Annual administration report of the Bombay Presidency - 1887-1892
Year: 1887
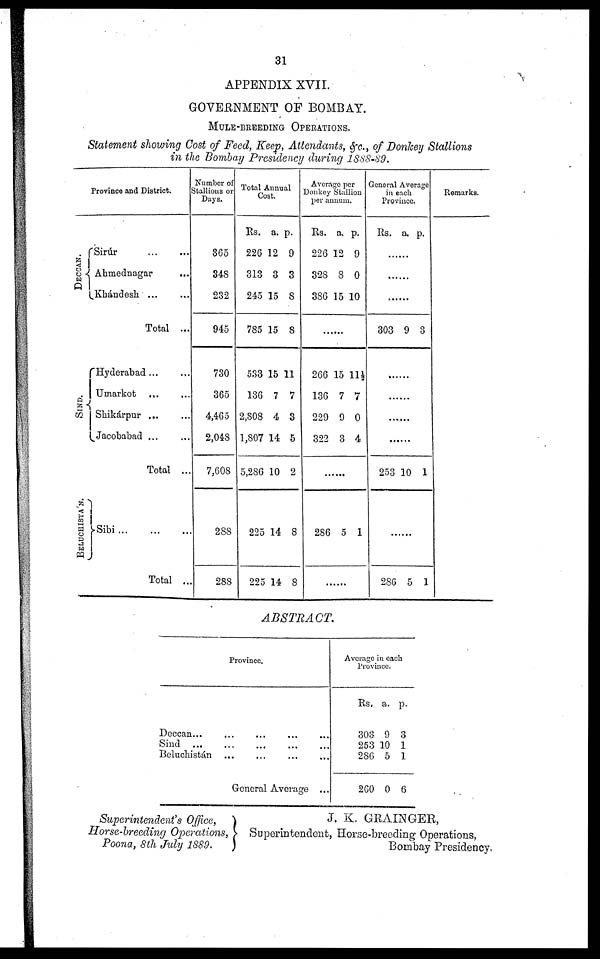
31
APPENDIX XVII.
GOVERNMENT OF BOMBAY.
MULE-BREEDING OPERATIONS.
Statement showing Cost of Feed, Keep, Attendants, &c., of Donkey Stallions
in the Bombay Presidency during 1888-89.
Province and District.
DECCAN.
SI ND.
BELUCHISTA' N.
Sirúr ... ...
Ahmednagar ...
Khándesh ... ...
Total ...
Hyderabad ... ...
Umarkot ... ...
Shikárpur ... ...
Jacobabad ... ...
Total ...
Sibi ... ... ...
Total ...
Number of
Stallions or
Days.
365
348
232
945
730
365
4,465
2,048
7,608
288
288
Total Annual
Cost.
Rs.
226
313
245
785
533
136
2,808
1,807
5,286
225
225
a.
12
3
15
15
15
7
4
14
10
14
14
p.
9
3
8
8
11
7
3
5
2
8
8
Average per
Donkey Stallion
per annum.
Rs.
226
328
386
a.
12
8
15
p.
9
0
10
......
266
136
229
322
15
7
9
3
11½
7
0
4
......
286 5 1
......
General Average
in each
Province.
Rs. a. p.
......
......
......
303 9 3
......
......
......
......
253 10 1
......
286 5 1
Remarks.
ABSTRACT.
Province.
Deccan... ... ... ... ...
Sind
...
...
...
... ...
Beluchistán...
...
...
...
General Average ...
Average in each
Province.
Rs.
303
253
286
260
a.
9
10
5
0
p.
3
1
1
6
Superintendent's
Office,
Horse-breeding
Operations,
Poona, 8th July 1889.
J. K. GRAINGER,
Superintendent, Horse-breeding Operations,
Bombay Presidency.